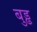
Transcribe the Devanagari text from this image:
बुड्ढ